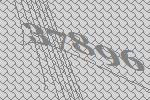
37896